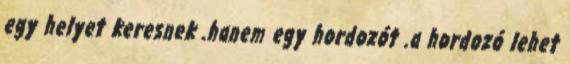
egy helyet keresnek .hanem egy hordozót .a hordozó lehet